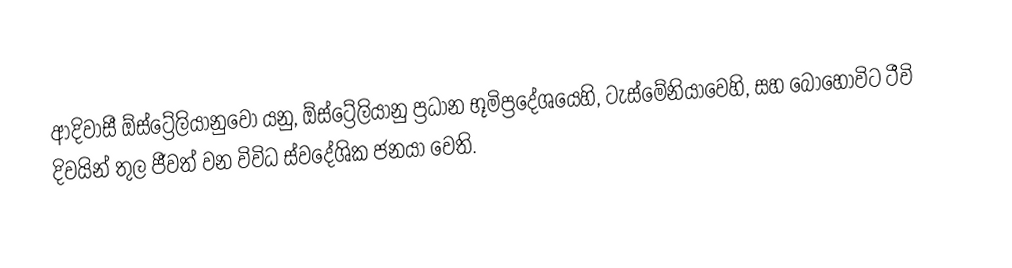
ආදිවාසී ඕස්ට්‍රේලියානුවෝ යනු,  ඕස්ට්‍රේලියානු ප්‍රධාන භූමිප්‍රදේශයෙහි, ටැස්මේනියාවෙහි, සහ බොහෝවිට ටීවි දිවයින් තුල ජීවත් වන විවිධ ස්වදේශික ජනයා වෙති.